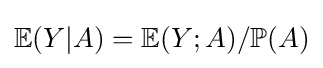
\mathbb {E} (Y|A)=\mathbb {E} (Y;A)/\mathbb {P} (A)